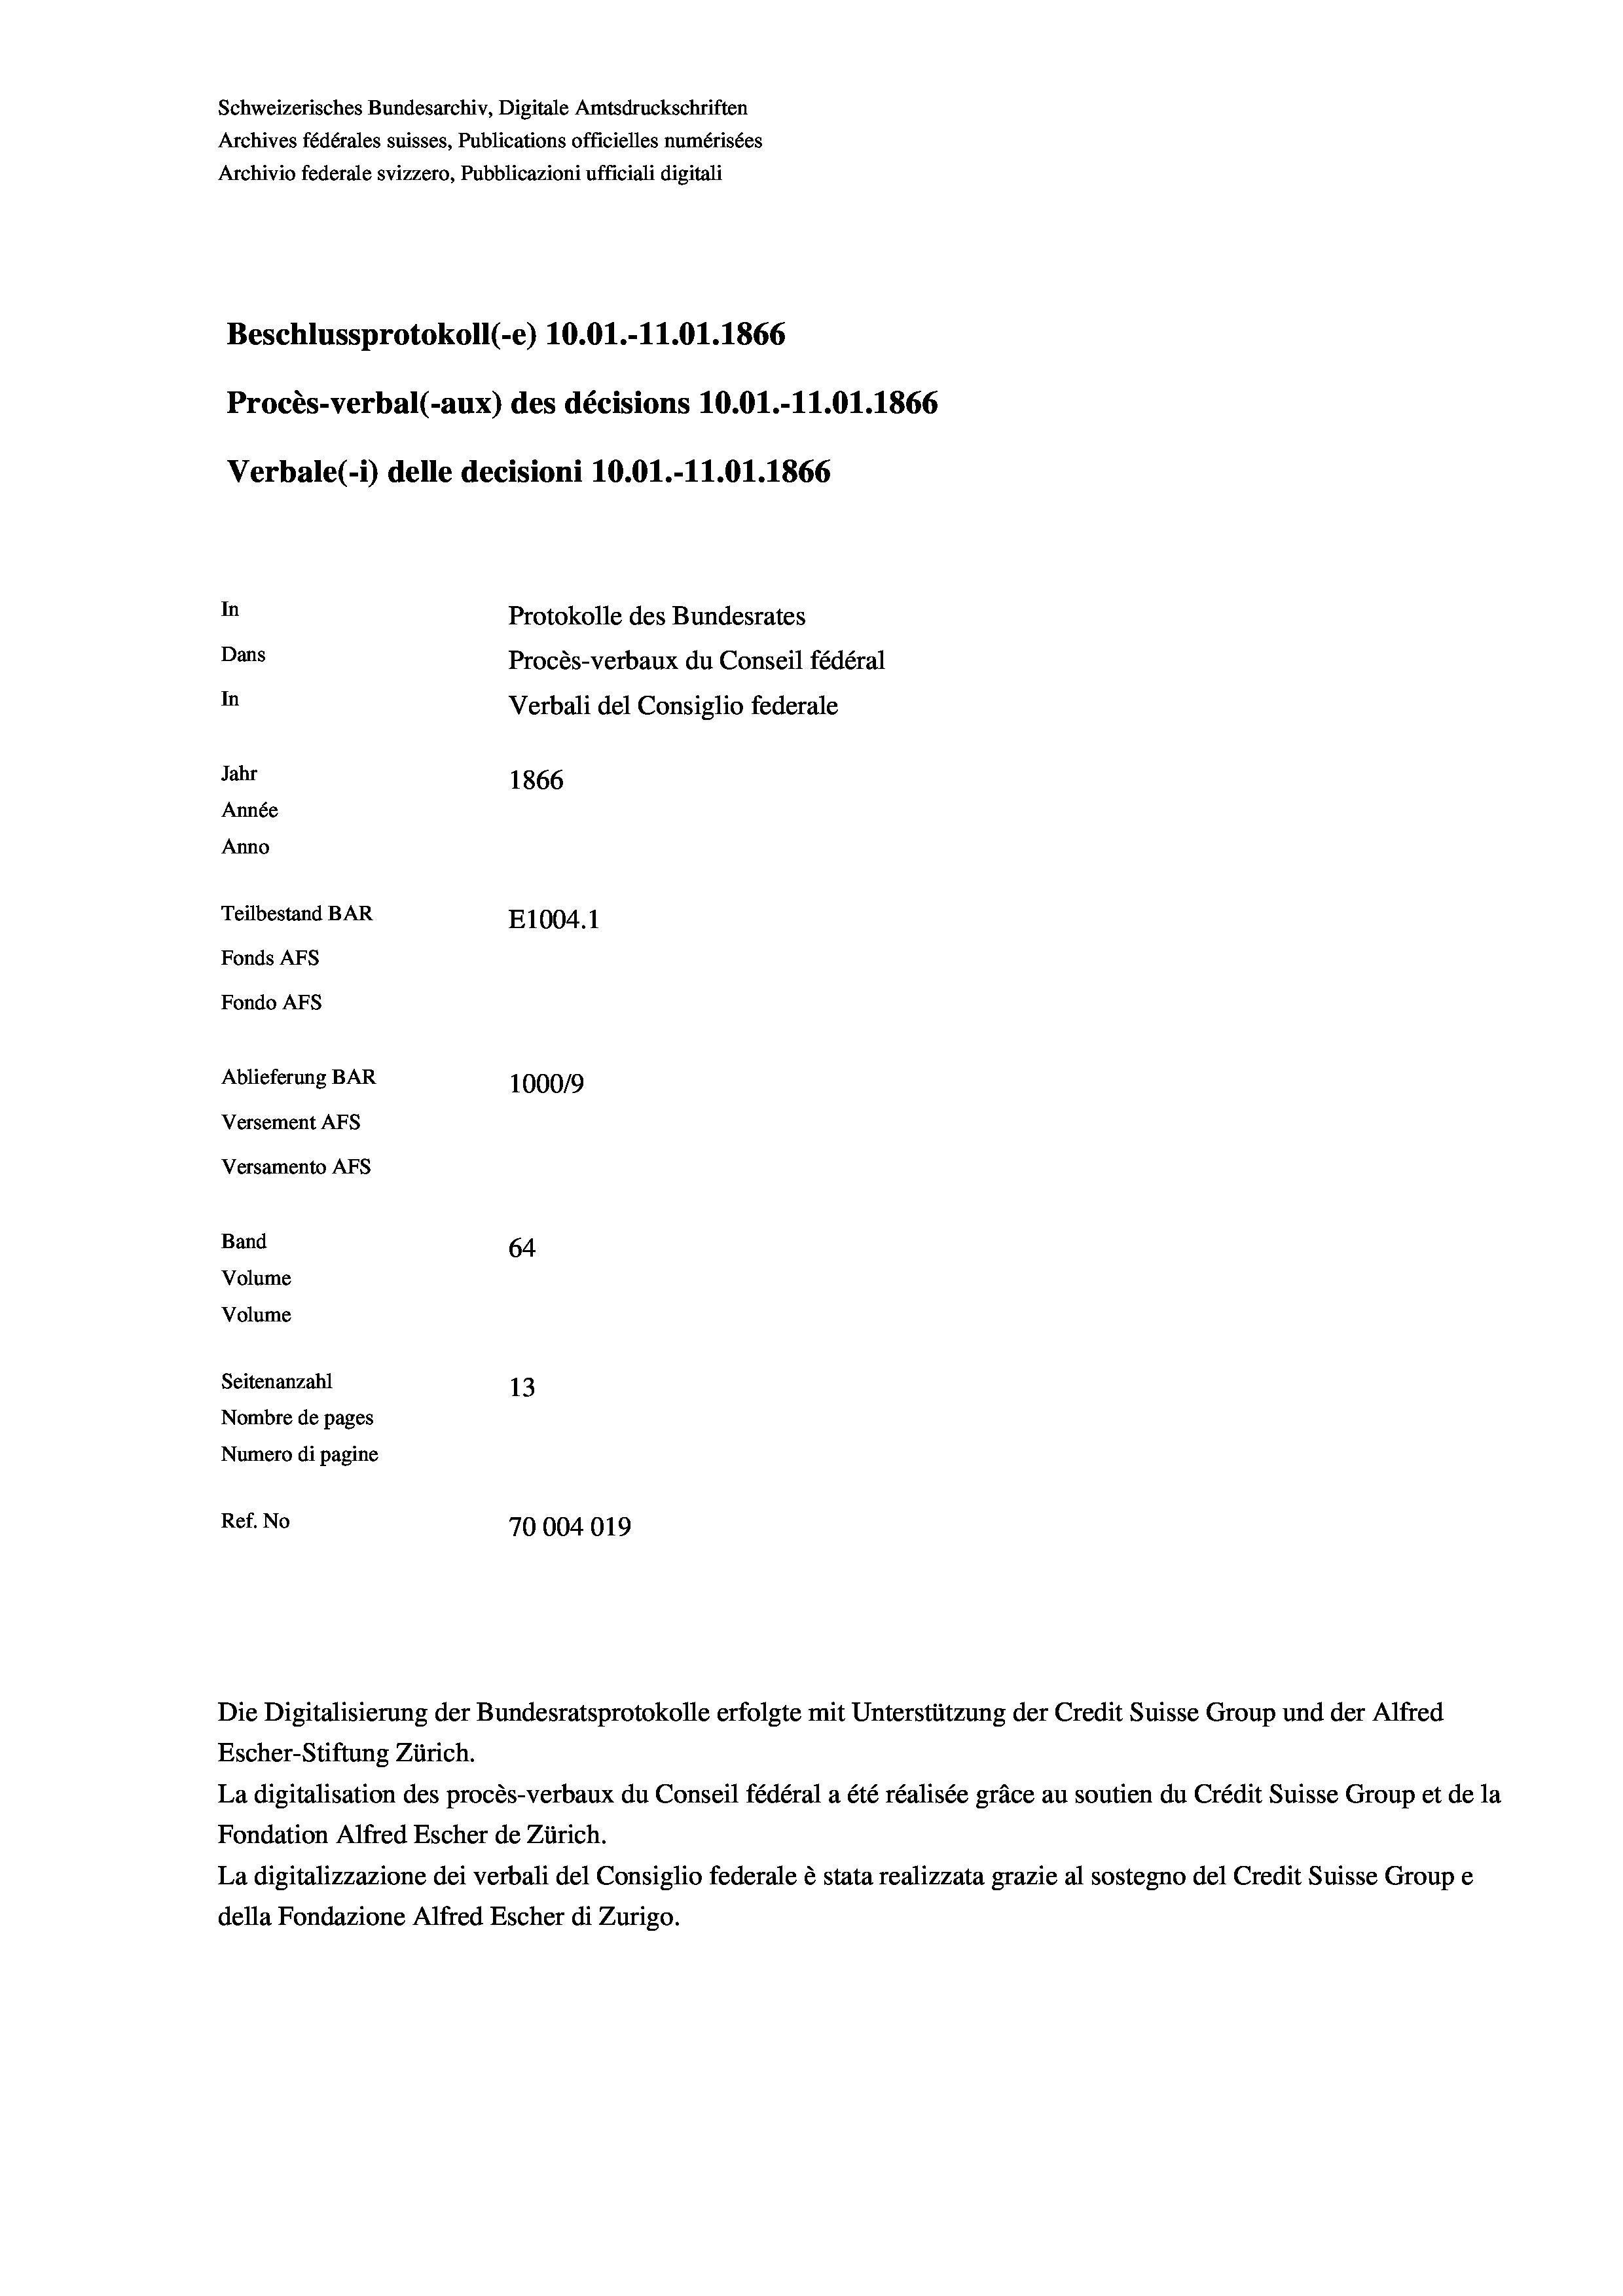
Schweizerisches Bundesarchiv, Digitale Amtsdruckschriften
Archives fédérales suisses, Publications officielles numérisées
Archivio federale svizzero, Pubblicazioni ufficiali digitali
Beschlussprotokoll (-e) 10.01.-11.01. 1866
Procès-verbal (-aux) des décisions 10.01.-11.01. 1866
Verbale (i) delle decisioni 10.01.-11.01.1866
In
Protokolle des Bundesrates
Dans
Procès-verbaux du Conseil fédéral
In
Verbali del Consiglio federale
Jahr
1866
Année
Anno
Teilbestand BAR
E1004.1
Fonds AFs
Fondo Afs
Ablieferung BAR
100019
Versement AFs
Versamento Afs
Band
64
Volume
Volume

Seitenanzahl
13
Nombre de pages
Numero di pagine
Ref. No
70004019

Escher-Stiftung Zürich.
La digitalisation des procès-verbaux du Conseil fédéral a été réalisée gräce au soutien du Crédit Suisse Group et de la
Fondation Alfred Escher de Zürich.
La digitalizzazione dei verbali del Consiglio federale è stata realizzata grazie al sostegno del Credit Suisse Groupe
della Fondazione Alfred Escher di Zurigo.

Die Digitalisierung der Bundesratsprotokolle erfolgte mit Unterstützung der Credit Suisse Group und der Alfred